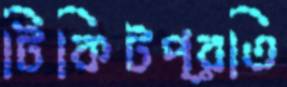
টিকিটপ্রতি